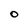
Character: O